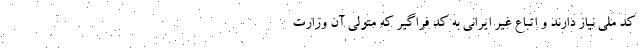
کد ملی نیاز دارند و اتباع غیر ایرانی به کد فراگیر که متولی آن وزارت